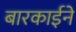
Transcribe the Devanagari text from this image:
बारकार्इने